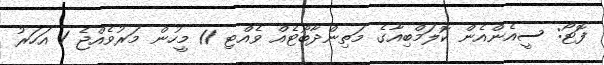
ފޮޓޯ: ސީއެންއެން ކޮލަމްބިއާގެ މަތިންދާބޯޓެއް ވެއްޓި 11 މީހުން މަރުވެއްޖެ 1 އަހަރު